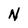
Character: N